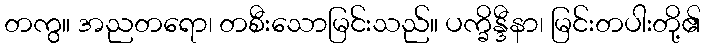
တကွ။ အညတရော၊ တစီးသောမြင်းသည်။ ပက္ခိန္ဒီနာ၊ မြင်းတပါးတို့၏